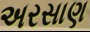
અરસાણ